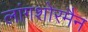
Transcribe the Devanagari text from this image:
लांगशोरमैन